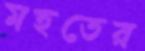
মহতের